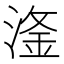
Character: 𣺨